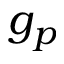
g _ { p }